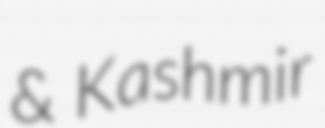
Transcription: & Kashmir